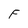
Character: F